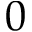
0